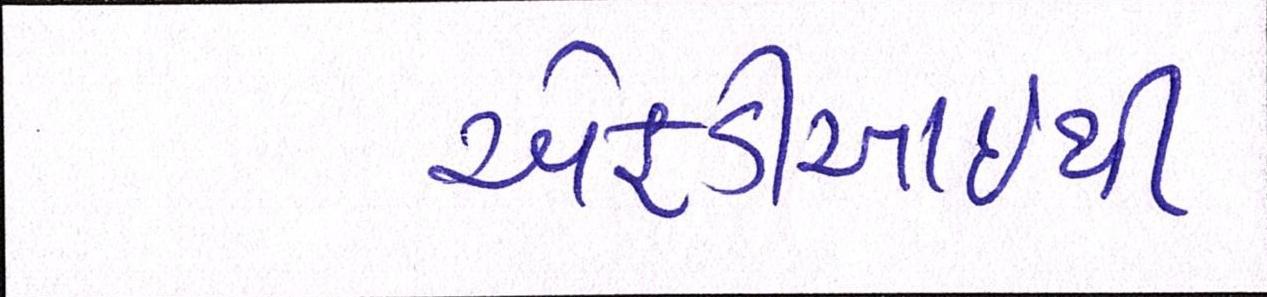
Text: એફડીઆઇથી